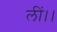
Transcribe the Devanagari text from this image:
लीं।।